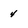
Character: 4